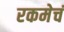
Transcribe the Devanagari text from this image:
रकमेचं